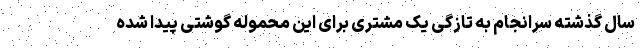
سال گذشته سرانجام به تازگی یک مشتری برای این محموله گوشتی پیدا شده